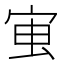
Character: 𭓱